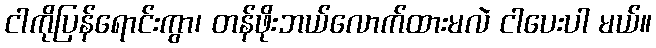
ငါကိုပြန်ရောင်းကွာ၊ တန်ဖိုးဘယ်လောက်ထားမလဲ ငါပေးပါ မယ်။